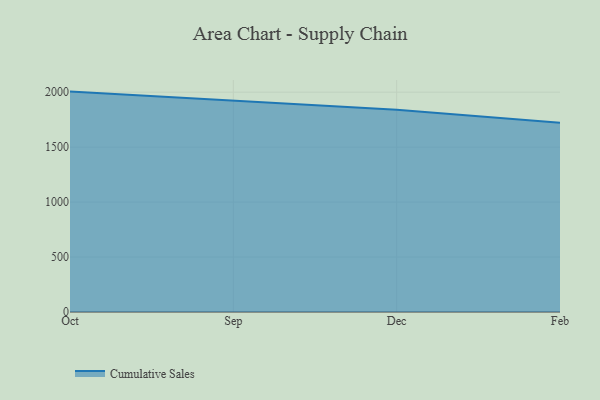
{"axis": {"x": "Month", "y": "Inventory Turnover"}, "legend": ["Cumulative Sales"], "data": [{"x": "Oct", "y": 2005.3, "type": "Cumulative Sales"}, {"x": "Sep", "y": 1925.5, "type": "Cumulative Sales"}, {"x": "Dec", "y": 1839.9, "type": "Cumulative Sales"}, {"x": "Feb", "y": 1721.2, "type": "Cumulative Sales"}]}